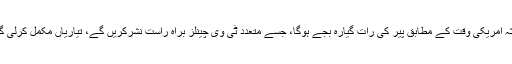
یہ مباحثہ امریکی وقت کے مطابق پیر کی رات گیارہ بجے ہوگا، جسے متعدد ٹی وی چینلز براہ راست نشرکریں گے، تیاریاں مکمل کرلی گئیں ہیں۔